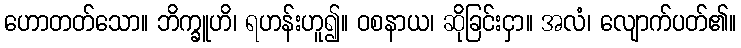
ဟောတတ်သော။ ဘိက္ခူဟိ၊ ရဟန်းဟူ၍။ ဝစနာယ၊ ဆိုခြင်းငှာ။ အလံ၊ လျောက်ပတ်၏။